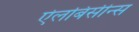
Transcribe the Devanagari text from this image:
ऐलबिसीन्स